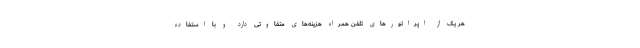
هر یک از اپراتورهای تلفن همراه هزینه‌های متفاوتی دارد و با استفاده